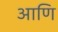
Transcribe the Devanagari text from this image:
आणि